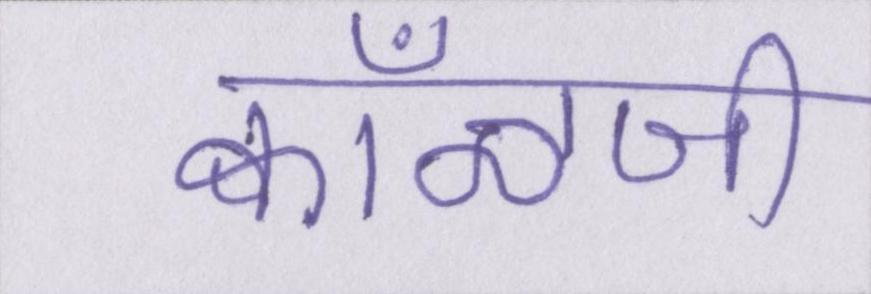
क्वाँळजी